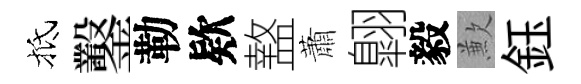
抵鑿勒欵盩蕭翺毅歉鈺